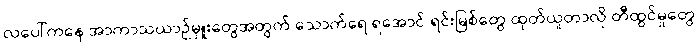
လပေါ်ကနေ အာကာသယာဉ်မှူးတွေအတွက် သောက်ရေ ရအောင် ရင်းမြစ်တွေ ထုတ်ယူတာလို တီထွင်မှုတွေ